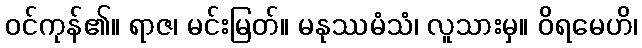
ဝင်ကုန်၏။ ရာဇ၊ မင်းမြတ်။ မနုဿမံသံ၊ လူသားမှ။ ဝိရမေဟိ၊